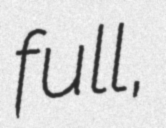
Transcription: full,